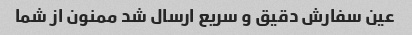
عین سفارش دقیق و سریع ارسال شد ممنون از شما